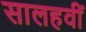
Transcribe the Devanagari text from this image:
सालहवीं